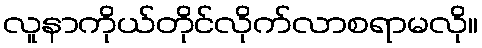
လူနာကိုယ်တိုင်လိုက်လာစရာမလို။